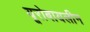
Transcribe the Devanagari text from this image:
यूरोबायलीन